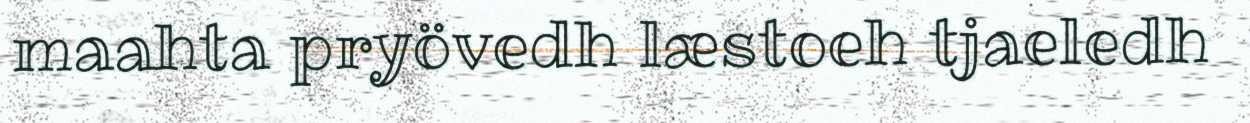
maahta pryövedh læstoeh tjaeledh